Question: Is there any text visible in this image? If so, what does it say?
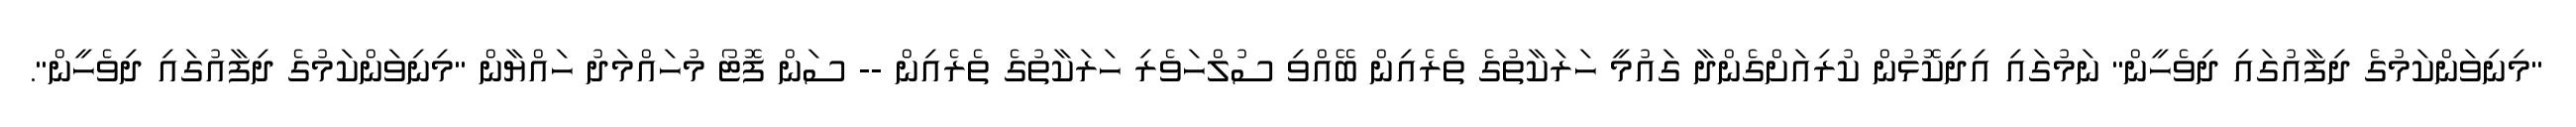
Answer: "މިނިވަންކަމުގެ ދިފާއުގައި ދިވެހީން" ނަމުގައި އިދިކޮޅުން ކުރިއަށްގެންދާ ގައުމީ ހަރަކާތުގެ ތެރެއިން ބޭއްވި ސުލްހަވެރި ހަރަކާތުގެ ތެރެއިން -- ސަން ފޮޓޯ މުހައްމަދު ހައްޔާން "މިނިވަންކަމުގެ ދިފާއުގައި ދިވެހީން".